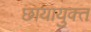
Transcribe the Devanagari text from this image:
छायायुक्‍त